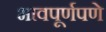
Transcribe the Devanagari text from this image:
भावपूर्णपणे